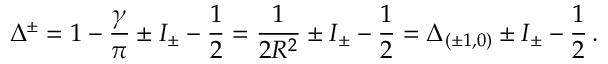
\Delta ^ { \pm } = 1 - \frac { \gamma } { \pi } \pm I _ { \pm } - \frac { 1 } { 2 } = \frac { 1 } { 2 R ^ { 2 } } \pm I _ { \pm } - \frac { 1 } { 2 } = \Delta _ { ( \pm 1 , 0 ) } \pm I _ { \pm } - \frac { 1 } { 2 } \, .